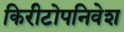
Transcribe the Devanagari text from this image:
किरीटोपनिवेश